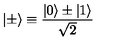
| \pm \rangle \equiv { \frac { | 0 \rangle \pm | 1 \rangle } { \sqrt { 2 } } }